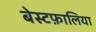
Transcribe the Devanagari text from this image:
बेस्टफ़ालिया